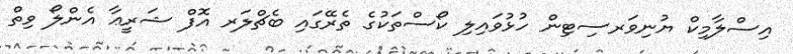
އިސްލާމިިކް ޔުނިވަރސިޓިން ހުޅުވައިލި ކޯސްތަކުގެ ތެރޭގައި ބެޗްލަރ އޮފް ޝަރީޢާ އެންލޯ ވިތް